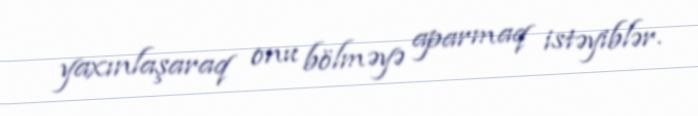
yaxınlaşaraq onu bölməyə aparmaq istəyiblər.